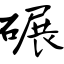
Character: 碾